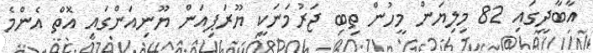
އާބާދީގައި 82 މިލިޔަން މީހުން ތިބި ޖަރުމަނަކީ ޔޫރަޕިއަން ޔޫނިއަންްގައި އޮތް އެންމެ